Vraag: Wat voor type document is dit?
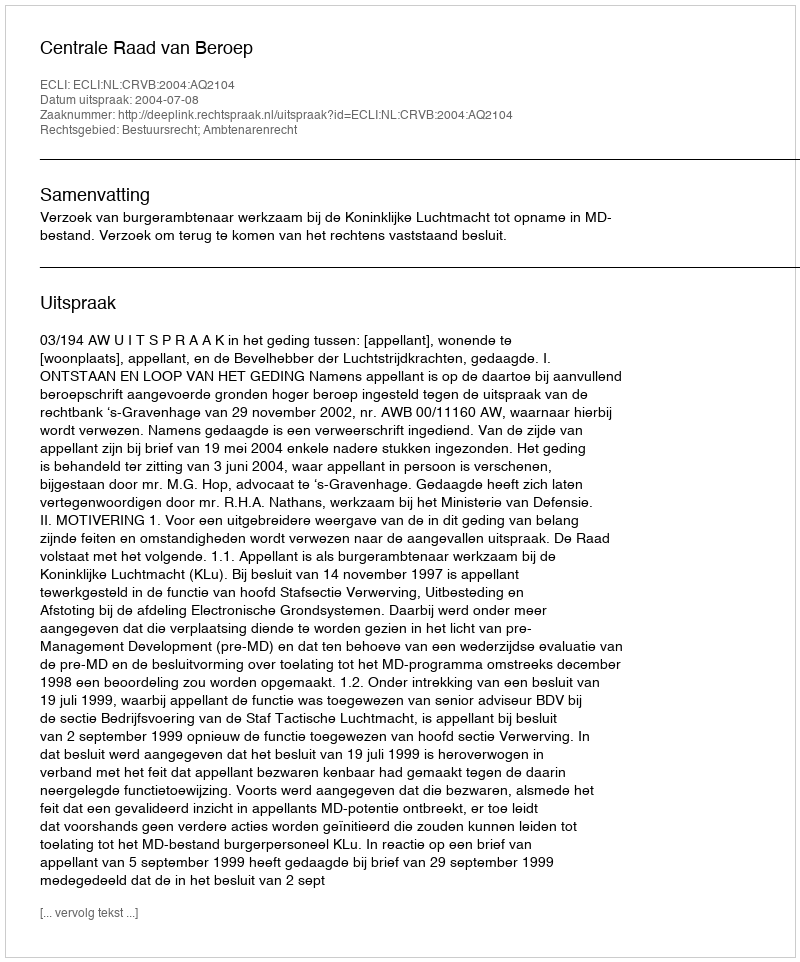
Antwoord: Uitspraak